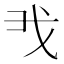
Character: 𢦐